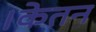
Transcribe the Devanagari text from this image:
।केतन